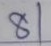
81